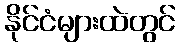
နိုင်ငံများထဲတွင်